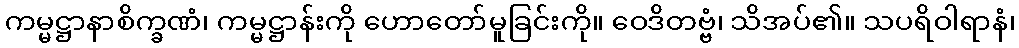
ကမ္မဋ္ဌာနာစိက္ခဏံ၊ ကမ္မဋ္ဌာန်းကို ဟောတော်မူခြင်းကို။ ဝေဒိတဗ္ဗံ၊ သိအပ်၏။ သပရိဝါရာနံ၊